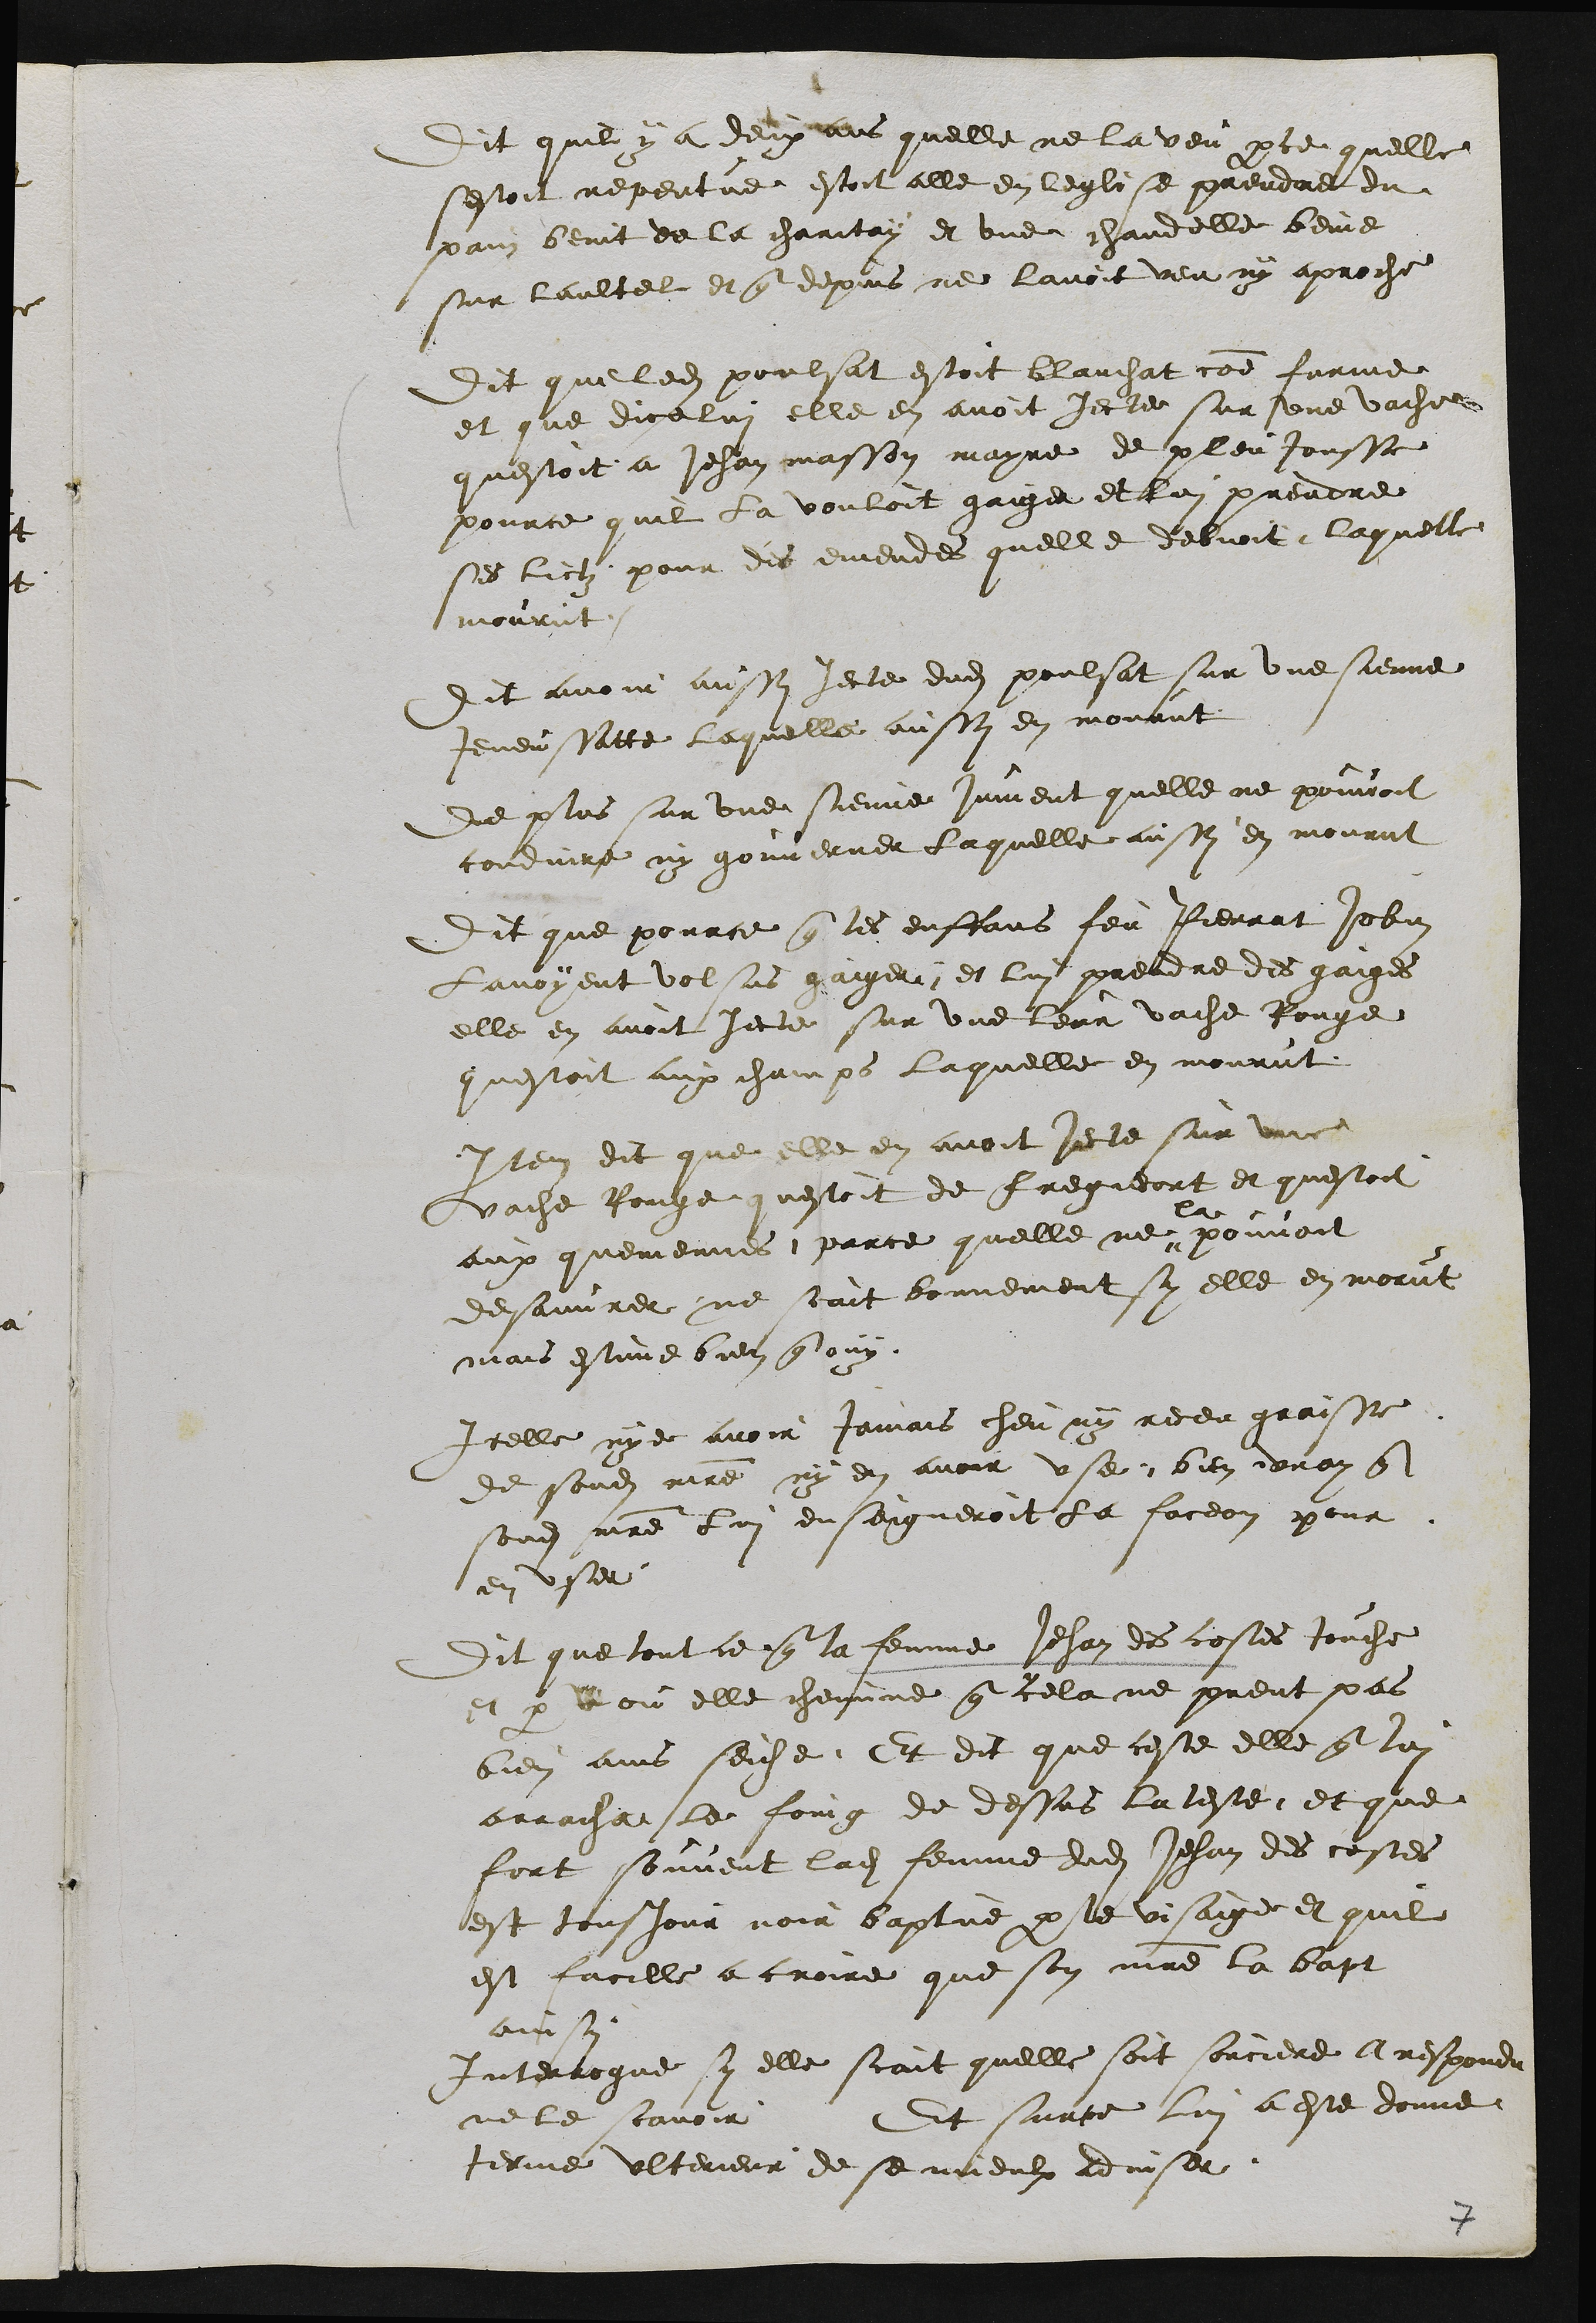
Dit quil y a deux ans quelle ne la veu parce quelle
sestoit repentue estoit alle en leglise prendre du
pain benit de la charitay et une chandelle benie
sur laultel et que depuis ne lavoit veu ny aproche
Dit que ledit poulsat estoit blanchat comme forme
et que dicelui elle en avoit jecte sur une vache
questoit a Jehan masson mayre de pleujousse
pource quil la vouloit gaiger et lui prendre
ses lictz pour des emendes quelle debvoit laquelle
mourut.
Dit avoir aussi Jecte dudit poulsat sur une sienne
Jeneussatte laquelle aussi en mourut
de plus sur une sienne jument quelle ne pouvoit
conduire ny gouverner laquelle aussy en mourut
Dit que pource que les enffans feu Pierrat Jobin
Lavoyent volsus gaiger, et lui prendre des gaiges
elle en avoit jecte sur une leur vache Rouge
questoit aux champs Laquelle en mourut
Item dit que elle en avoit jecte sur une
vache Rouge questoit de Fregiecort et questoit
aux quemennes parce quelle ne
la
pouvoit
desauvrer ne scait bonnement sy elle en morut
mais estime bien que ouy.
Icelle nye avoir jamais heu ny receu graisse
de sondit maitre ny en avoir use bien vray que
sondit maitre lui enseigneroit La faceon pour
en user
Dit que tout ce que la femme Jehan des costes touche
et par v ou elle chemine que cela ne prent pas
bien ains seiche. Et dit que ceste elle que lui
arrachat le foing de dessus la teste et que
fort souvent ladite femme dudit Jehan des costes
est tousjour noir baptue par le visaige et quil
est facille a croire que son maitre la bapt
ainsy
Interrogue sy elle scait quelle soit sorciere A respondu
ne le scavoir Et surce lui a este donne
terme ulterieur de se mieulx adviser.